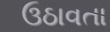
ઉઠાવતા